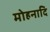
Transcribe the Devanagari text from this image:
मोहनादि